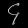
Digit: ၄